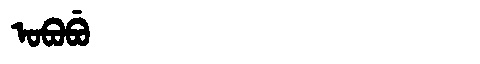
Manchu: ᠣᠪᠣᠪᡠ
Romanization: OBOBU